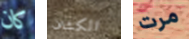
كان الكشاف مرت